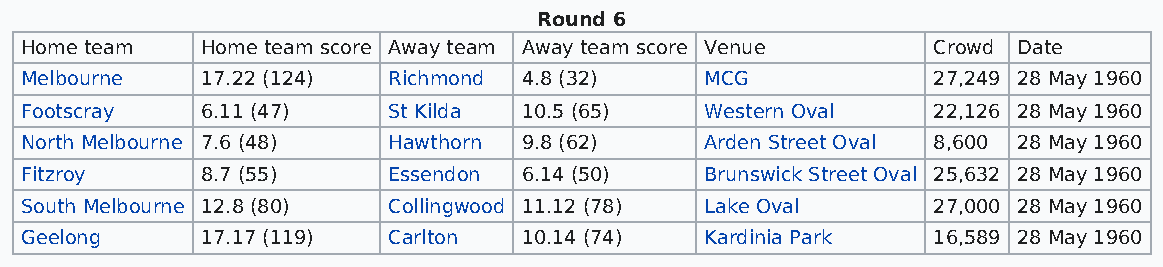
Round 6
 Home team   Home team score Away team Away team score Venue  Crowd Date
 Melbourne   17.22 (124)  Richmond 4.8 (32)    MCG            27,249 28 May 1960
 Footscray   6.11 (47)    St Kilda 10.5 (65)   Western Oval   22,126 28 May 1960
 North Melbourne 7.6 (48) Hawthorn 9.8 (62)    Arden Street Oval 8,600 28 May 1960
 Fitzroy     8.7 (55)     Essendon 6.14 (50)   Brunswick Street Oval 25,632 28 May 1960
 South Melbourne 12.8 (80) Collingwood 11.12 (78) Lake Oval   27,000 28 May 1960
 Geelong     17.17 (119)  Carlton  10.14 (74)  Kardinia Park  16,589 28 May 1960